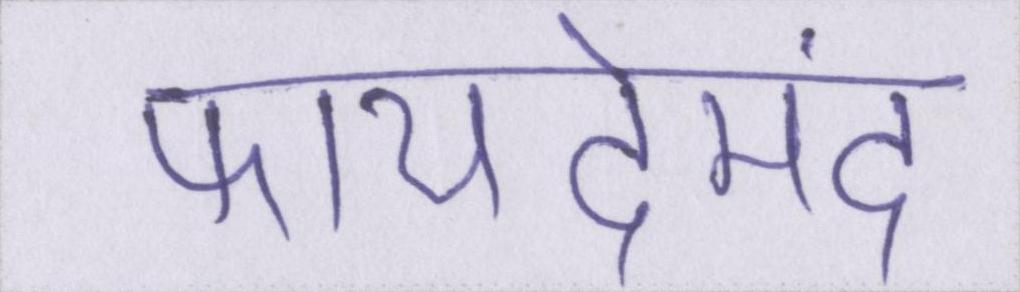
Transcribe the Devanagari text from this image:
फायदेमंद